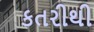
કતરીથી